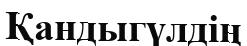
Қандыгүлдің